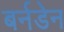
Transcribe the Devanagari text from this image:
बर्नडेन